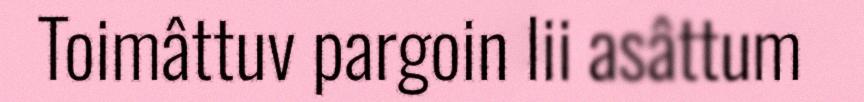
Toimâttuv pargoin lii asâttum